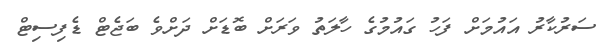
ސަރުކާރު އައުމަށް ފަހު ގައުމުގެ ހާލަތު ވަރަށް ބޮޑަށް ދަށްވެ ބަޖެޓް ޑެފިސިޓް